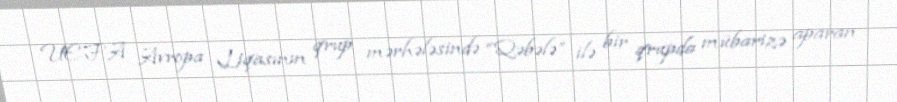
UEFA Avropa Liqasının qrup mərhələsində “Qəbələ” ilə bir qrupda mübarizə aparan